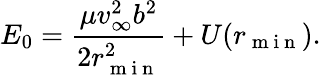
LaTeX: E_{0}=\frac{\mu v_{\infty}^{2}b^{2}}{2r_{\mathrm{~m~i~n~}}^{2}}+U(r_{\mathrm{~m~i~n~}}).